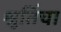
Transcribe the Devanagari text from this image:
श्रुतिंचा